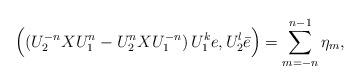
LaTeX: \begin{align*}\Big( (U_2^{-n}XU_1^n-U_2^n XU_1^{-n})\,U_1^k e, U_2^l \bar e\Big)=\sum_{m=-n}^{n-1}\eta_m,\end{align*}